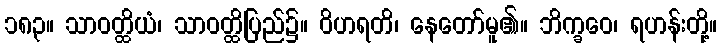
၁၈၃။ သာဝတ္ထိယံ၊ သာဝတ္ထိပြည်၌။ ဝိဟရတိ၊ နေတော်မူ၏။ ဘိက္ခဝေ၊ ရဟန်းတို့။